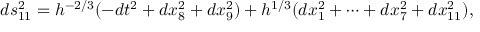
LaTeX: d s _ { 1 1 } ^ { 2 } = h ^ { - 2 / 3 } ( - d t ^ { 2 } + d x _ { 8 } ^ { 2 } + d x _ { 9 } ^ { 2 } ) + h ^ { 1 / 3 } ( d x _ { 1 } ^ { 2 } + \cdots + d x _ { 7 } ^ { 2 } + d x _ { 1 1 } ^ { 2 } ) ,